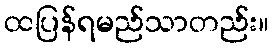
ထပြန်ရမည်သာတည်း။